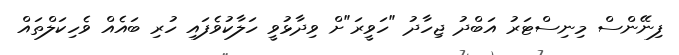
ފިނޭންސް މިނިސްޓަރު އަބްދު ޖިހާދު "ހަވީރަ"ށް ވިދާޅުވީ ހަލާކުވެފައި ހުރި ބައެއް ވެހިކަލްތައް